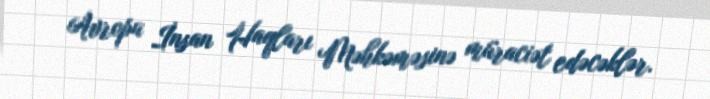
Avropa İnsan Haqları Məhkəməsinə müraciət edəcəklər.